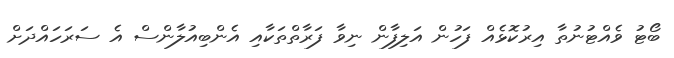
ބޯޓު ވެއްޓުނުތާ އިރުކޮޅެއް ފަހުން އަލިފާން ނިވާ ފަރާތްތަކާއި އެންބިއުލާންސް އެ ސަރަހައްދަށް